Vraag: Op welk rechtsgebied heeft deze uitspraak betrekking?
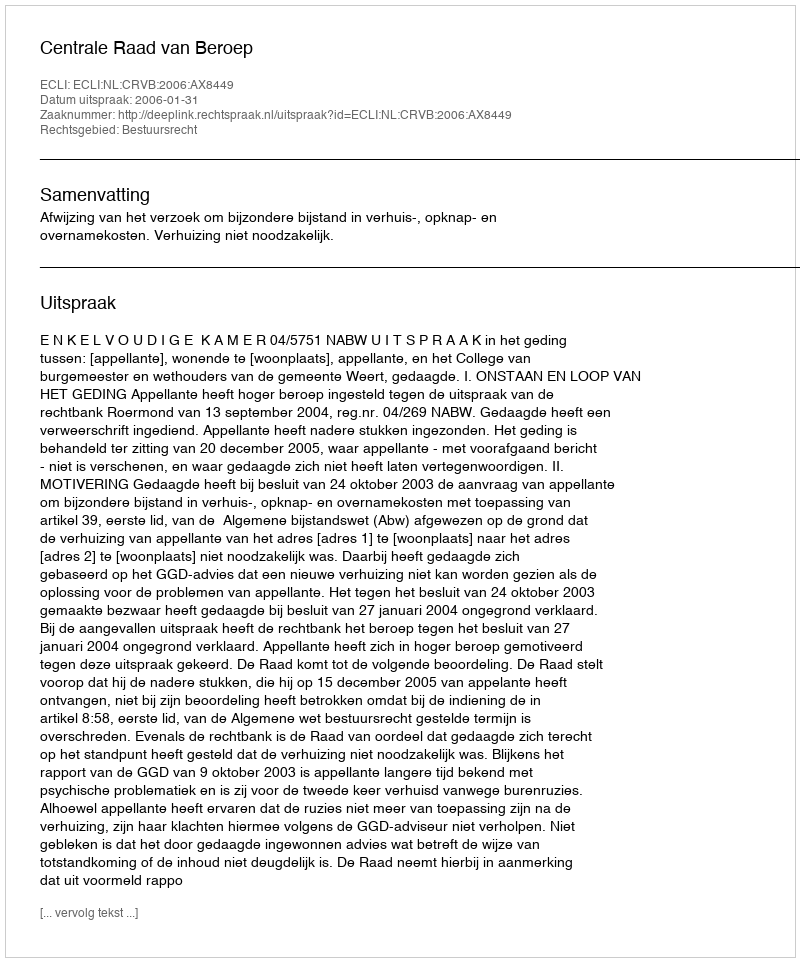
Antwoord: Bestuursrecht